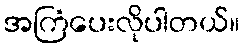
အကြံပေးလိုပါတယ်။